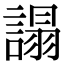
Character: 𧪦